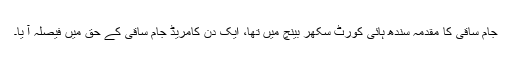
جام ساقی کا مقدمہ سندھ ہائی کورٹ سکھر بینچ میں تھا، ایک دن کامریڈ جام ساقی کے حق میں فیصلہ آ یا۔